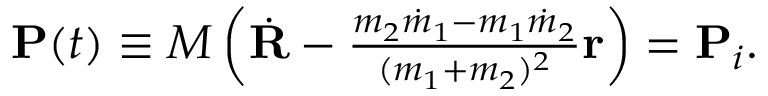
\begin{array} { r } { { \bf P } ( t ) \equiv M \left( \dot { \bf R } - \frac { m _ { 2 } \dot { m } _ { 1 } - m _ { 1 } \dot { m } _ { 2 } } { ( m _ { 1 } + m _ { 2 } ) ^ { 2 } } { \bf r } \right) = { \bf P } _ { i } . } \end{array}